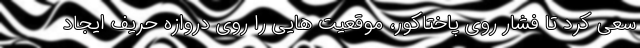
سعی کرد تا فشار روی پاختاکور، موقعیت هایی را روی دروازه حریف ایجاد